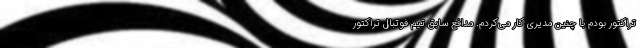
تراکتور بودم با چنین مدیری کار می‌کردم. مدافع سابق تیم فوتبال تراکتور